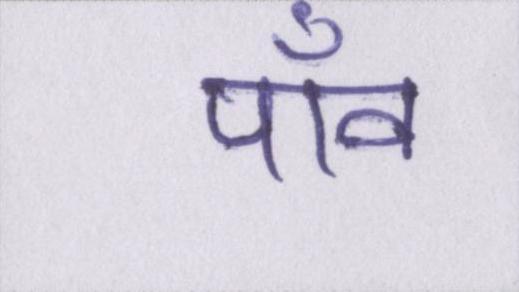
पाँव